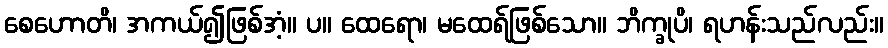
စေဟောတိ၊ အကယ်၍ဖြစ်အံ့။ ပ။ ထေရော၊ မထေရ်ဖြစ်သော။ ဘိက္ခုပိ၊ ရဟန်းသည်လည်း။